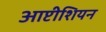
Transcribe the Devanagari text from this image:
आप्टीशियन